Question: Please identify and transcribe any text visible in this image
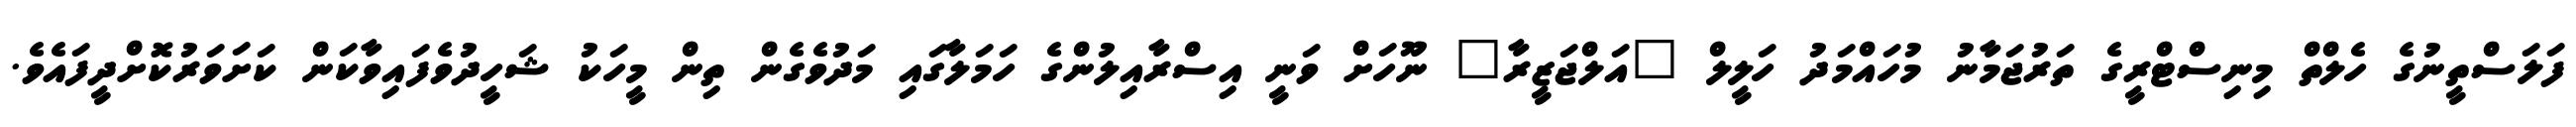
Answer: ފަލަސްތީނުގެ ހެލްތް މިނިސްޓްރީގެ ތަރުޖަމާނު މުހައްމަދު ހަލީލް "އަލްޖަޒީރާ" ނޫހަށް ވަނީ އިސްރާއިލުންގެ ހަމަލާގައި މަދުވެގެން ތިން މީހަކު ޝަހީދުވެފައިވާކަން ކަށަވަރުކޮށްދީފައެވެ.